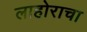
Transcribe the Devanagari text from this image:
लाहोराचा